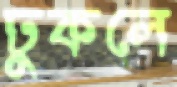
ঢুকলে